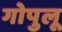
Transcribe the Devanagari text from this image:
गोपुलू